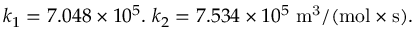
k _ { 1 } = 7 . 0 4 8 \times 1 0 ^ { 5 } . \; k _ { 2 } = 7 . 5 3 4 \times 1 0 ^ { 5 } \; \mathrm { m ^ { 3 } / ( m o l \times s ) . }